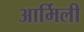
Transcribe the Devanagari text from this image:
आर्मिली